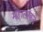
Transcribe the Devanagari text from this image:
महालाकडे